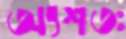
অংশতঃ